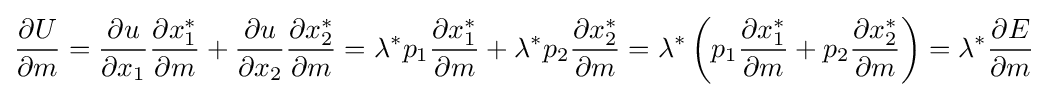
\,\!{\frac {\partial U}{\partial m}}={\frac {\partial u}{\partial x_{1}}}{\frac {\partial x_{1}^{*}}{\partial m}}+{\frac {\partial u}{\partial x_{2}}}{\frac {\partial x_{2}^{*}}{\partial m}}=\lambda ^{*}p_{1}{\frac {\partial x_{1}^{*}}{\partial m}}+\lambda ^{*}p_{2}{\frac {\partial x_{2}^{*}}{\partial m}}=\lambda ^{*}\left(p_{1}{\frac {\partial x_{1}^{*}}{\partial m}}+p_{2}{\frac {\partial x_{2}^{*}}{\partial m}}\right)=\lambda ^{*}{\frac {\partial E}{\partial m}}